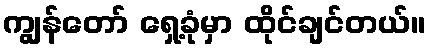
ကျွန်တော် ရှေ့ခုံမှာ ထိုင်ချင်တယ်။